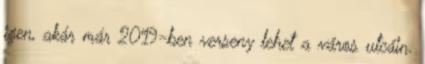
igen, akár már 2019-ben verseny lehet a város utcáin.